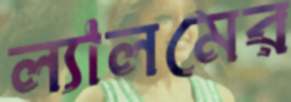
ল্যালমের